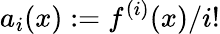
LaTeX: a_{i}(x):=f^{(i)}(x)/i!